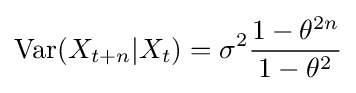
\operatorname {Var} (X_{t+n}|X_{t})=\sigma ^{2}{\frac {1-\theta ^{2n}}{1-\theta ^{2}}}